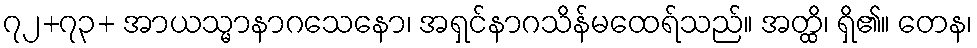
၇၂+၇၃+ အာယသ္မာနာဂသေနော၊ အရှင်နာဂသိန်မထေရ်သည်။ အတ္ထိ၊ ရှိ၏။ တေန၊